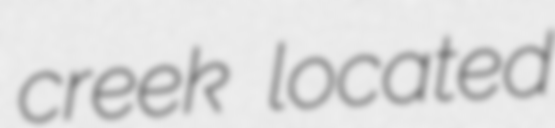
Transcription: creek located